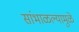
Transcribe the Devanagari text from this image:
सांभाळल्यामुळे